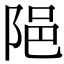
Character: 𨹝